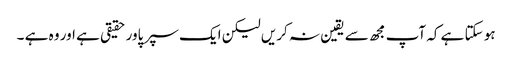
ہو سکتا ہے کہ آپ مجھ سے یقین نہ کریں لیکن ایک سپر پاور حقیقی ہے اور وہ ہے ۔